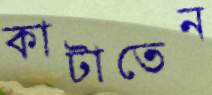
কাটাতেন